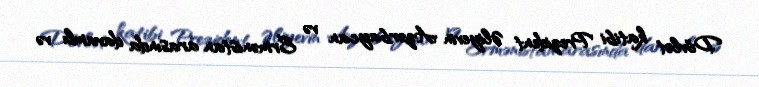
Dövlət katibi Prezident Əliyevin Azərbaycan və Ermənistan arasında davamlı və